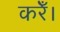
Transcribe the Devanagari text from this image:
करेँ।